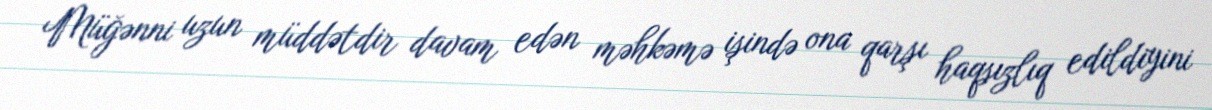
Müğənni uzun müddətdir davam edən məhkəmə işində ona qarşı haqsızlıq edildiyini